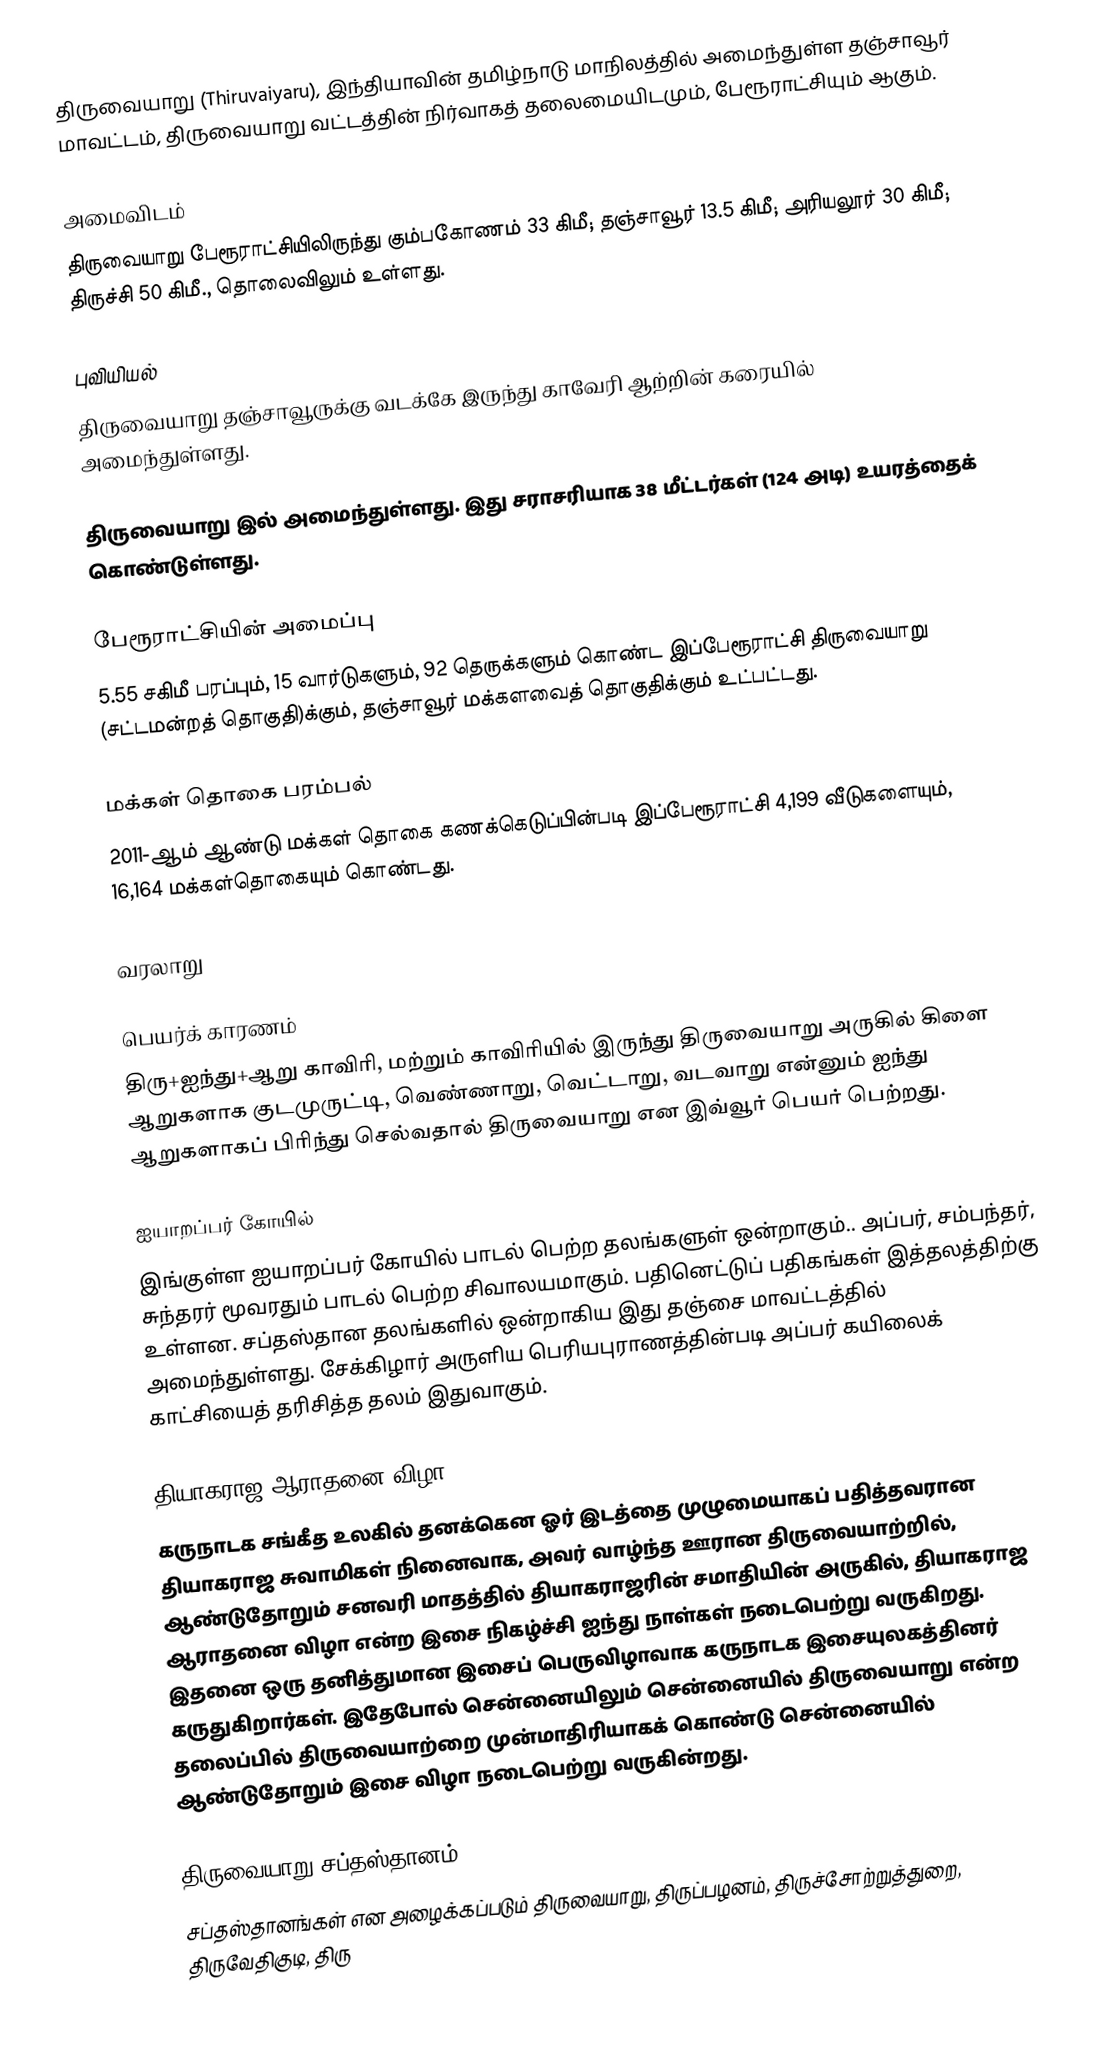
திருவையாறு (Thiruvaiyaru), இந்தியாவின் தமிழ்நாடு மாநிலத்தில் அமைந்துள்ள தஞ்சாவூர் மாவட்டம், திருவையாறு வட்டத்தின் நிர்வாகத் தலைமையிடமும், பேரூராட்சியும் ஆகும்.

அமைவிடம்
திருவையாறு பேரூராட்சியிலிருந்து கும்பகோணம் 33 கிமீ; தஞ்சாவூர் 13.5 கிமீ; அரியலூர் 30 கிமீ;  திருச்சி 50 கிமீ., தொலைவிலும் உள்ளது.

புவியியல்
திருவையாறு தஞ்சாவூருக்கு வடக்கே இருந்து  காவேரி ஆற்றின் கரையில் அமைந்துள்ளது.

திருவையாறு  இல் அமைந்துள்ளது. இது சராசரியாக 38 மீட்டர்கள் (124 அடி) உயரத்தைக் கொண்டுள்ளது.

பேரூராட்சியின் அமைப்பு
5.55 சகிமீ பரப்பும், 15  வார்டுகளும், 92 தெருக்களும் கொண்ட இப்பேரூராட்சி திருவையாறு (சட்டமன்றத் தொகுதி)க்கும், தஞ்சாவூர் மக்களவைத் தொகுதிக்கும் உட்பட்டது.

மக்கள் தொகை பரம்பல்
2011-ஆம் ஆண்டு மக்கள் தொகை கணக்கெடுப்பின்படி இப்பேரூராட்சி 4,199 வீடுகளையும், 16,164 மக்கள்தொகையும் கொண்டது.

வரலாறு

பெயர்க் காரணம்
திரு+ஐந்து+ஆறு காவிரி, மற்றும் காவிரியில் இருந்து திருவையாறு அருகில் கிளை ஆறுகளாக குடமுருட்டி, வெண்ணாறு, வெட்டாறு, வடவாறு என்னும் ஐந்து ஆறுகளாகப் பிரிந்து செல்வதால் திருவையாறு என இவ்வூர் பெயர் பெற்றது.

ஐயாறப்பர் கோயில்
இங்குள்ள ஐயாறப்பர் கோயில் பாடல் பெற்ற தலங்களுள் ஒன்றாகும்.. அப்பர், சம்பந்தர், சுந்தரர் மூவரதும் பாடல் பெற்ற சிவாலயமாகும். பதினெட்டுப் பதிகங்கள் இத்தலத்திற்கு உள்ளன. சப்தஸ்தான தலங்களில் ஒன்றாகிய இது தஞ்சை மாவட்டத்தில் அமைந்துள்ளது. சேக்கிழார் அருளிய பெரியபுராணத்தின்படி அப்பர் கயிலைக் காட்சியைத் தரிசித்த தலம் இதுவாகும்.

தியாகராஜ ஆராதனை விழா
கருநாடக சங்கீத உலகில் தனக்கென ஓர் இடத்தை முழுமையாகப் பதித்தவரான தியாகராஜ சுவாமிகள் நினைவாக, அவர் வாழ்ந்த ஊரான திருவையாற்றில், ஆண்டுதோறும் சனவரி மாதத்தில் தியாகராஜரின் சமாதியின் அருகில், தியாகராஜ ஆராதனை விழா என்ற இசை நிகழ்ச்சி ஐந்து நாள்கள் நடைபெற்று வருகிறது. இதனை ஒரு தனித்துமான இசைப் பெருவிழாவாக கருநாடக இசையுலகத்தினர் கருதுகிறார்கள். இதேபோல்  சென்னையிலும் சென்னையில் திருவையாறு என்ற தலைப்பில் திருவையாற்றை முன்மாதிரியாகக் கொண்டு சென்னையில்  ஆண்டுதோறும் இசை விழா நடைபெற்று வருகின்றது.

திருவையாறு சப்தஸ்தானம்
சப்தஸ்தானங்கள் என அழைக்கப்படும் திருவையாறு, திருப்பழனம், திருச்சோற்றுத்துறை, திருவேதிகுடி, திரு